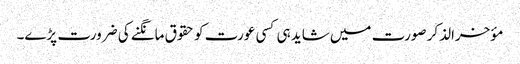
مؤخرالذکر صورت میں شاید ہی کسی عورت کو حقوق مانگنے کی ضرورت پڑے۔